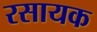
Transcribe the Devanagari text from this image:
रसायक